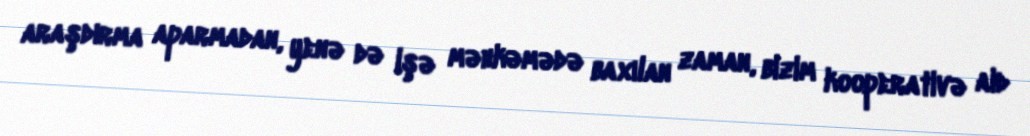
araşdırma aparmadan, yenə də işə məhkəmədə baxılan zaman, bizim kooperativə aid